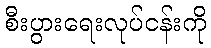
စီးပွားရေးလုပ်ငန်းကို